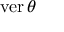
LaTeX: \operatorname { v e r } \theta